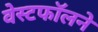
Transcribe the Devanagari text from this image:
वेस्टफॉलने